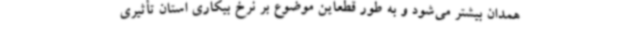
همدان بیشتر می‌شود و به طور قطعاین موضوع بر نرخ بیکاری استان تأثیری